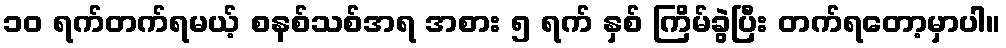
၁၀ ရက်တက်ရမယ့် စနစ်သစ်အရ အစား ၅ ရက် နှစ် ကြိမ်ခွဲပြီး တက်ရတော့မှာပါ။